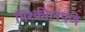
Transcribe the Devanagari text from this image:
मिश्कीलपणे